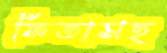
ফিতাসহ